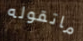
ماتقوله